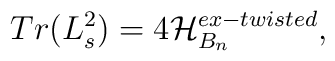
Tr(L_s^2)=4{\cal H}_{B_n}^{ex-twisted},